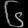
Digit: ၆